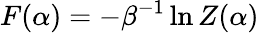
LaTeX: F(\alpha)=-\beta^{-1}\ln Z(\alpha)